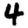
Digit: 4